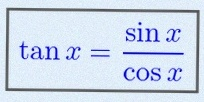
\tan x=\frac{\sin x}{\cos x}